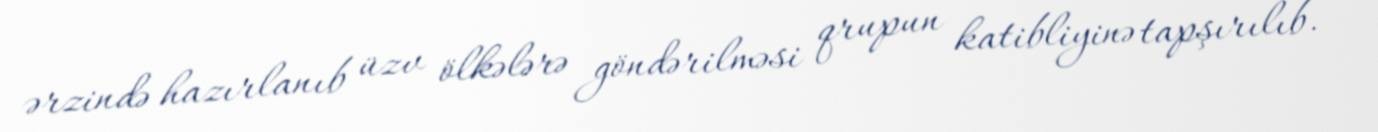
ərzində hazırlanıb üzv ölkələrə göndərilməsi qrupun katibliyinə tapşırılıb.